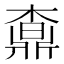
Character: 𣙒